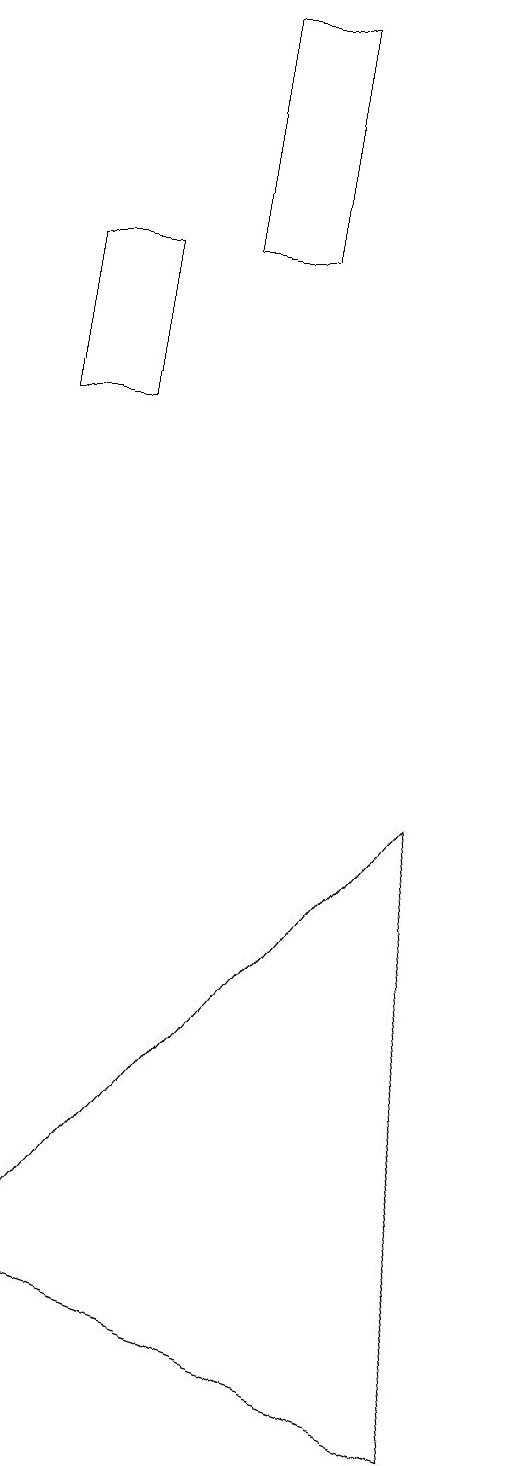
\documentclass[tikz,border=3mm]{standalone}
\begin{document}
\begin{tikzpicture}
\draw (3,15) rectangle (2,13);
\draw (2,2) -- (8,0) -- (7,8) -- cycle;
\draw (4,18) rectangle (5,15);
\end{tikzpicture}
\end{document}